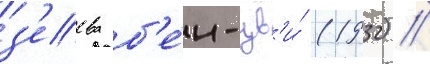
з'еева б'е́н-цв'и́ (1932) /